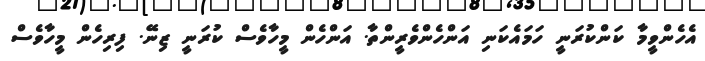
އެހެންވީމާ ކަންކުރަނީ ހަމައެކަނި އަންހެންވެރީންތާ. އަންހެން މީހާވެސް ކުރަނީ ޒިނޭ. ފިިރިހެން މީހާވެސް